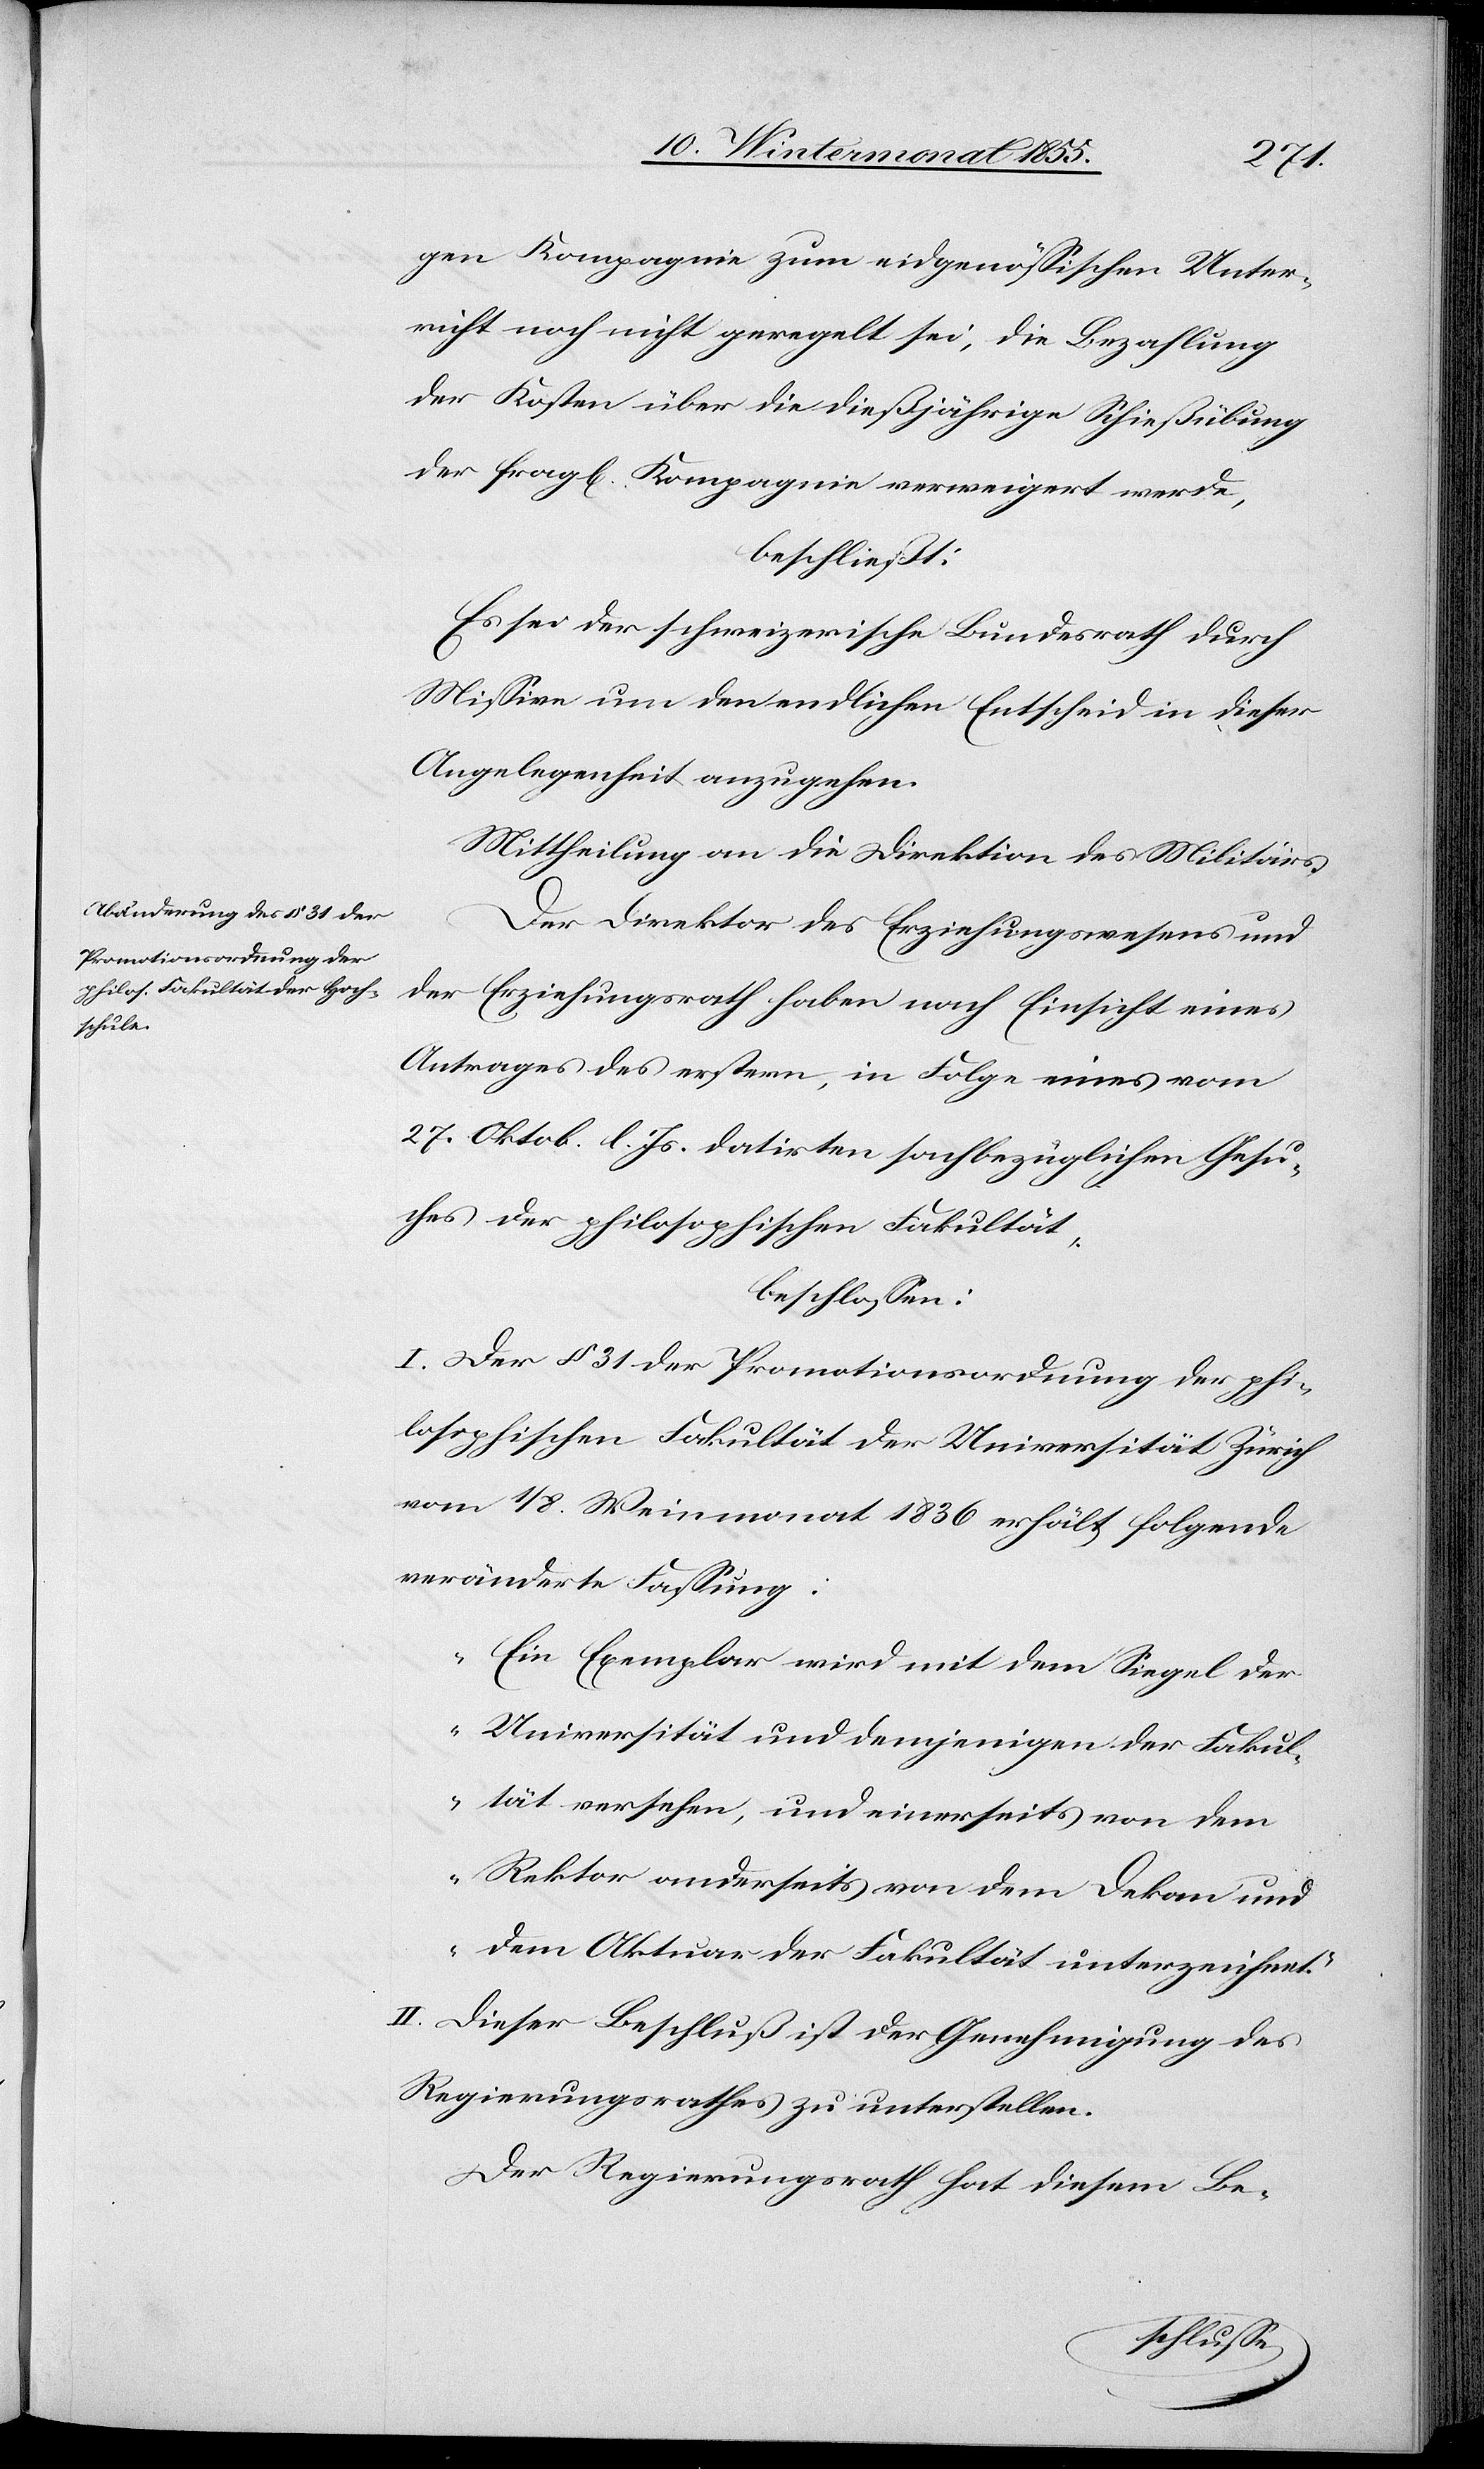
gen Kompagnie zum eidgenössischen Unter¬
richt noch nicht geregelt sei, die Bezahlung
der Kosten über die dießjährige Schießübung
der fragl[ichen] Kompagnie verweigert werde,
beschließt:
Es sei der schweizerische Bundesrath durch
Missive um den endlichen Entscheid in dieser
Angelegenheit anzugehen.
Mittheilung an die Direktion des Militärs.
Der Direktor des Erziehungswesens und
der Erziehungsrath haben nach Einsicht eines
Antrages des erstern, in Folge eines vom
27. Oktob. l. Js. datirten sachbezüglichen Gesu¬
ches der philosophischen Fakultät,
beschlossen:
I. Der § 31 der Promotionsordnung der phi¬
losophischen Fakultät der Universität Zürich
vom 1 / 8. Weinmonat 1836 erhält folgende
veränderte Fassung:
„Ein Exemplar wird mit dem Siegel der
Universität und demjenigen der Fakul¬
tät versehen, und einerseits von dem
Rektor anderseits von dem Dekan und
dem Aktuar der Fakultät unterzeichnet.“
II. Dieser Beschluß ist der Genehmigung des
Regierungsrathes zu unterstellen.
Der Regierungsrath hat diesem Be-